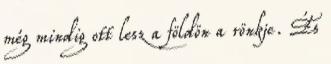
még mindig ott lesz a földön a rönkje. És